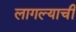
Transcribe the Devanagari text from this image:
लागल्याची